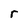
Character: r